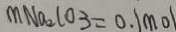
m N a _ { 2 } C O _ { 3 } = 0 . 1 m o l